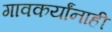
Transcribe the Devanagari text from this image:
गावकर्यांनाही